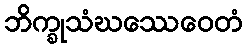
ဘိက္ခုသံဃဿေဝေတံ